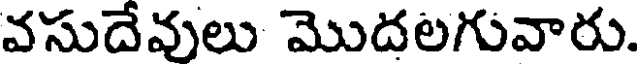
వసుదేవులు మొదలగువారు.